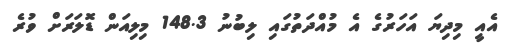
އެއީ މިދިޔަ އަހަރުގެ އެ މުއްދަތުގައި ލިބުނު 148.3 މިލިއަން ޑޮލަރަށް ވުރެ